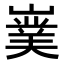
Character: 𭗘